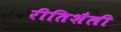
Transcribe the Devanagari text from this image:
रीतिशैली